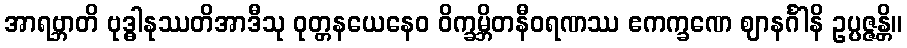
အာရဗ္ဘာတိ ဗုဒ္ဓါနုဿတိအာဒီသု ဝုတ္တနယေနေဝ ဝိက္ခမ္ဘိတနီဝရဏဿ ဧကက္ခဏေ ဈာနင်္ဂါနိ ဥပ္ပဇ္ဇန္တိ။